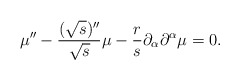
\begin{align*}\mu'' - \frac{({\sqrt{s}})''}{\sqrt{s}} \mu - \frac{r}{s} \partial_{\alpha} \partial^{\alpha}\mu=0.\end{align*}